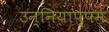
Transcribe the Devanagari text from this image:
उन्नियाप्पम